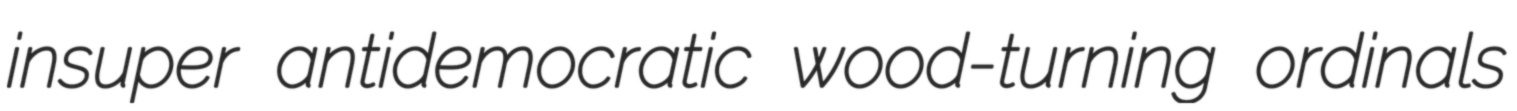
insuper antidemocratic wood-turning ordinals